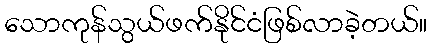
သောကုန်သွယ်ဖက်နိုင်ငံဖြစ်လာခဲ့တယ်။